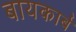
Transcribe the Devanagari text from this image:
बायकार्ब